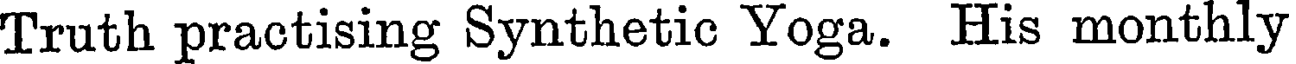
Truth practising Synthetic Yoga. His monthly